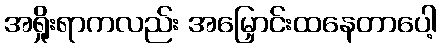
အရှိုးရာကလည်း အမြှောင်းထနေတာပေါ့